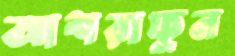
আশরাফুন